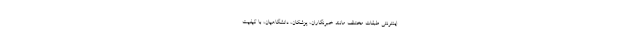
اینترنتی‌ طبقات مختلف مانند خبرنگاران، پزشکان، دانشگاهیان، با کیفیت